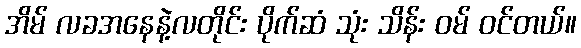
အိမ် လခအနေနဲ့လတိုင်း ပိုက်ဆံ သုံး သိန်း ဝမ် ဝင်တယ်။